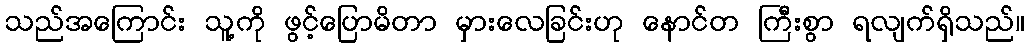
သည်အကြောင်း သူ့ကို ဖွင့်ပြောမိတာ မှားလေခြင်းဟု နောင်တ ကြီးစွာ ရလျက်ရှိသည်။